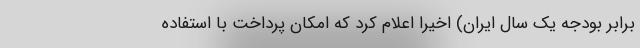
برابر بودجه یک سال ایران) اخیراً اعلام کرد که امکان پرداخت با استفاده